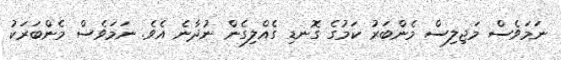
ނަމަވެސް މަޖިލިސް މެންބަރު ކަމުގެ ގޮނޑި ގެއްލިގެން ނުދާނެ އެވެ. ނަމަވެސް މެންބަރަކު